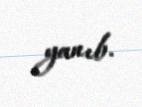
yanıb.